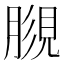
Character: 𧠿